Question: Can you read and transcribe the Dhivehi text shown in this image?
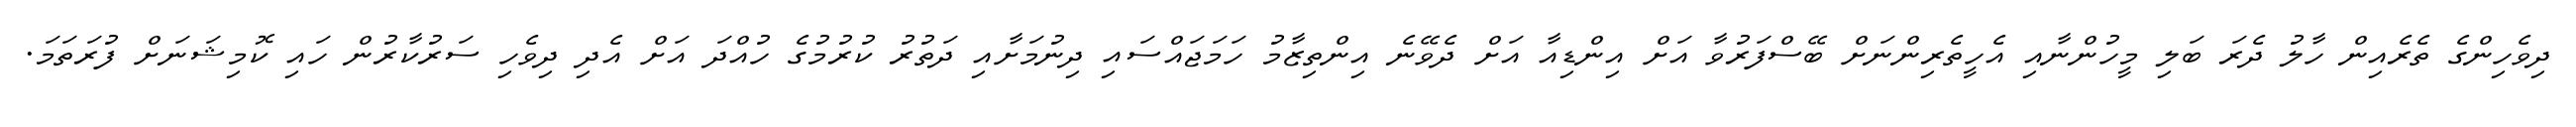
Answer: ދިވެހިންގެ ތެރެއިން ހާލު ދެރަ ބަލި މީހުންނާއި އެހީތެރިންނަށް ބޭސްފަރުވާ އަށް އިންޑިއާ އަށް ދެވޭނެ އިންތިޒާމު ހަމަޖައްސައި ދިނުމަށާއި ދަތުރު ކުރުމުގެ ހުއްދަ އަށް އެދި ދިވެހި ސަރުކާރުން ހައި ކޮމިޝަނަށް ފުރަތަމަ.